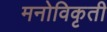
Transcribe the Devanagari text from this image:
मनोविकृती